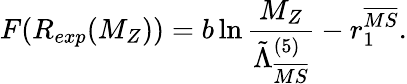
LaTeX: F(R_{exp}(M_{Z}))=b\ln\frac{M_{Z}}{\tilde{\Lambda}_{\overline{{{MS}}}}^{(5)}}-r_{1}^{\overline{{{MS}}}}.